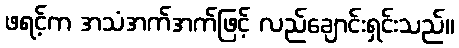
ဖရင့်က အသံအက်အက်ဖြင့် လည်ချောင်းရှင်းသည်။